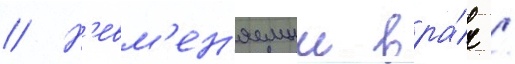
// Н'евм'ен'яемыи вра́ч /